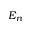
E _ { n }